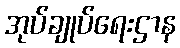
အုပ်ချုပ်ရေးဌာန